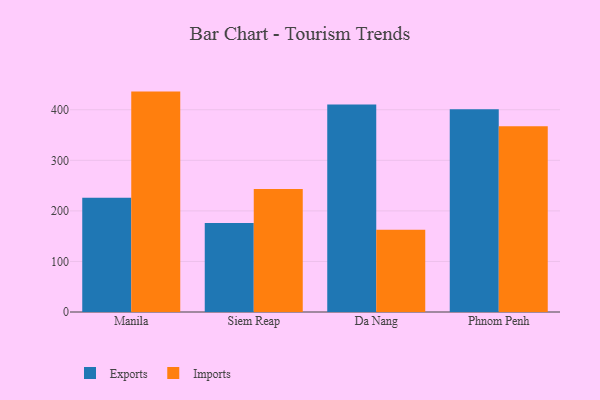
{"axis": {"x": "City", "y": "Population (Million)"}, "legend": ["Exports", "Imports"], "data": [{"x": "Manila", "y": 225.9, "type": "Exports"}, {"x": "Manila", "y": 435.9, "type": "Imports"}, {"x": "Siem Reap", "y": 176.0, "type": "Exports"}, {"x": "Siem Reap", "y": 243.3, "type": "Imports"}, {"x": "Da Nang", "y": 410.4, "type": "Exports"}, {"x": "Da Nang", "y": 162.8, "type": "Imports"}, {"x": "Phnom Penh", "y": 401.0, "type": "Exports"}, {"x": "Phnom Penh", "y": 367.6, "type": "Imports"}]}